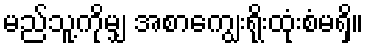
မည်သူ့ကိုမျှ အစာကျွေးရိုးထုံးစံမရှိ။